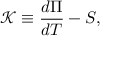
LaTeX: { \mathcal { K } } \equiv { \frac { d \Pi } { d T } } - S ,